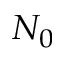
N _ { 0 }